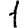
Digit: 1